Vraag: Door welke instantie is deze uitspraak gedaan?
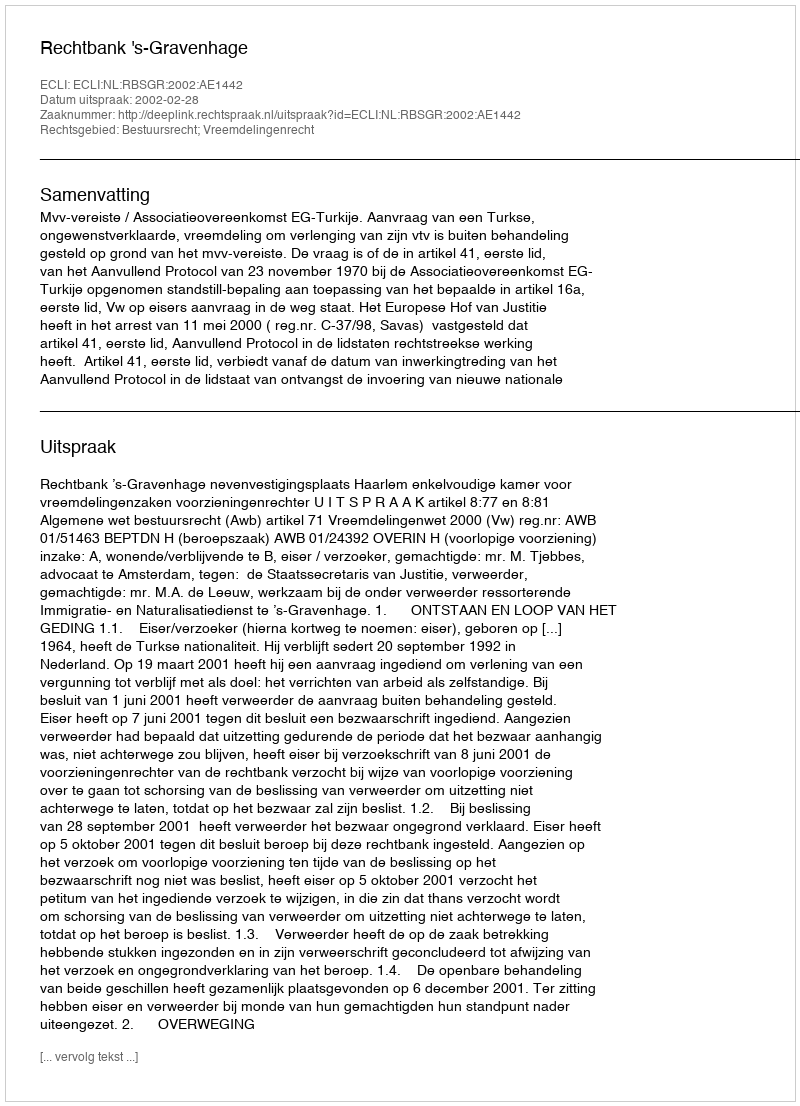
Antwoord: Rechtbank 's-Gravenhage